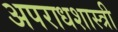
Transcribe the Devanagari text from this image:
अपराधशास्त्री